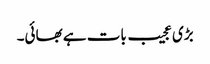
بڑی عجیب بات ہے بھائی۔